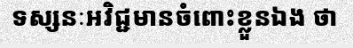
ទស្សនៈអវិជ្ជមានចំពោះខ្លួនឯង ថា